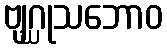
ဗျဂ္ဃုသဘောဝ